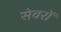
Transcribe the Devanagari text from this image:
सेवरों